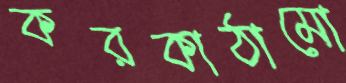
করকাঠামো